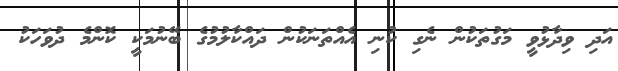
އަދި ވިދާޅުވީ މަގުތަކުން ނެގި ކުނި އެއްތަނަކުން ދައްކާލުމުގެ ބޭނުމަކީ ކޮންމެ ދުވަހަކު